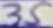
Text: 35